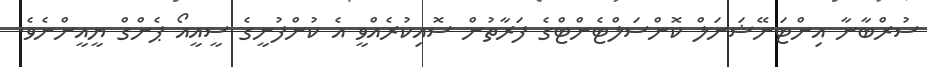
ސުރްބާނާ އިންޓަނޭޝަނަލް ކޮންސަލްޓެންޓްގެ ފަރާތުން ސޮއިކުރެއްވީ އެ ކުންފުނީގެ ސީއީއޯ ޕެންގް ޔީއީންނެވެ.